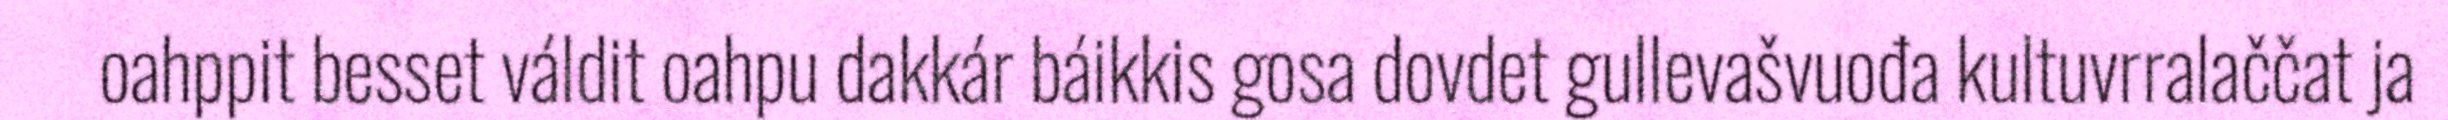
oahppit besset váldit oahpu dakkár báikkis gosa dovdet gullevašvuođa kultuvrralaččat ja